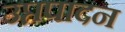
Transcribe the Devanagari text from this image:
उप्तपादन